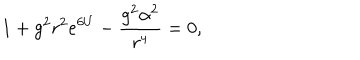
1 + g ^ { 2 } r ^ { 2 } e ^ { 6 U } - \frac { g ^ { 2 } \alpha ^ { 2 } } { r ^ { 4 } } = 0 ,